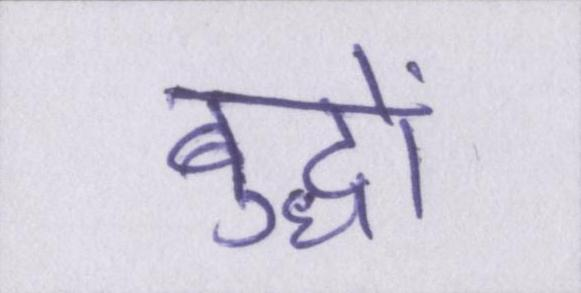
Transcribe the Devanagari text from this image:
बुद्धों